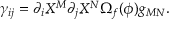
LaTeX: { \gamma _ { i j } = \partial _ { i } X ^ { M } \partial _ { j } X ^ { N } \Omega _ { f } ( \phi ) g _ { M N } . }